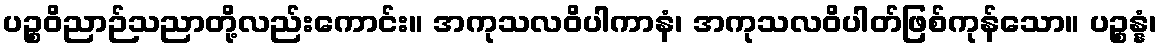
ပဉ္စဝိညာဉ်သညာတို့လည်းကောင်း။ အကုသလဝိပါကာနံ၊ အကုသလဝိပါတ်ဖြစ်ကုန်သော။ ပဉ္စန္နံ၊